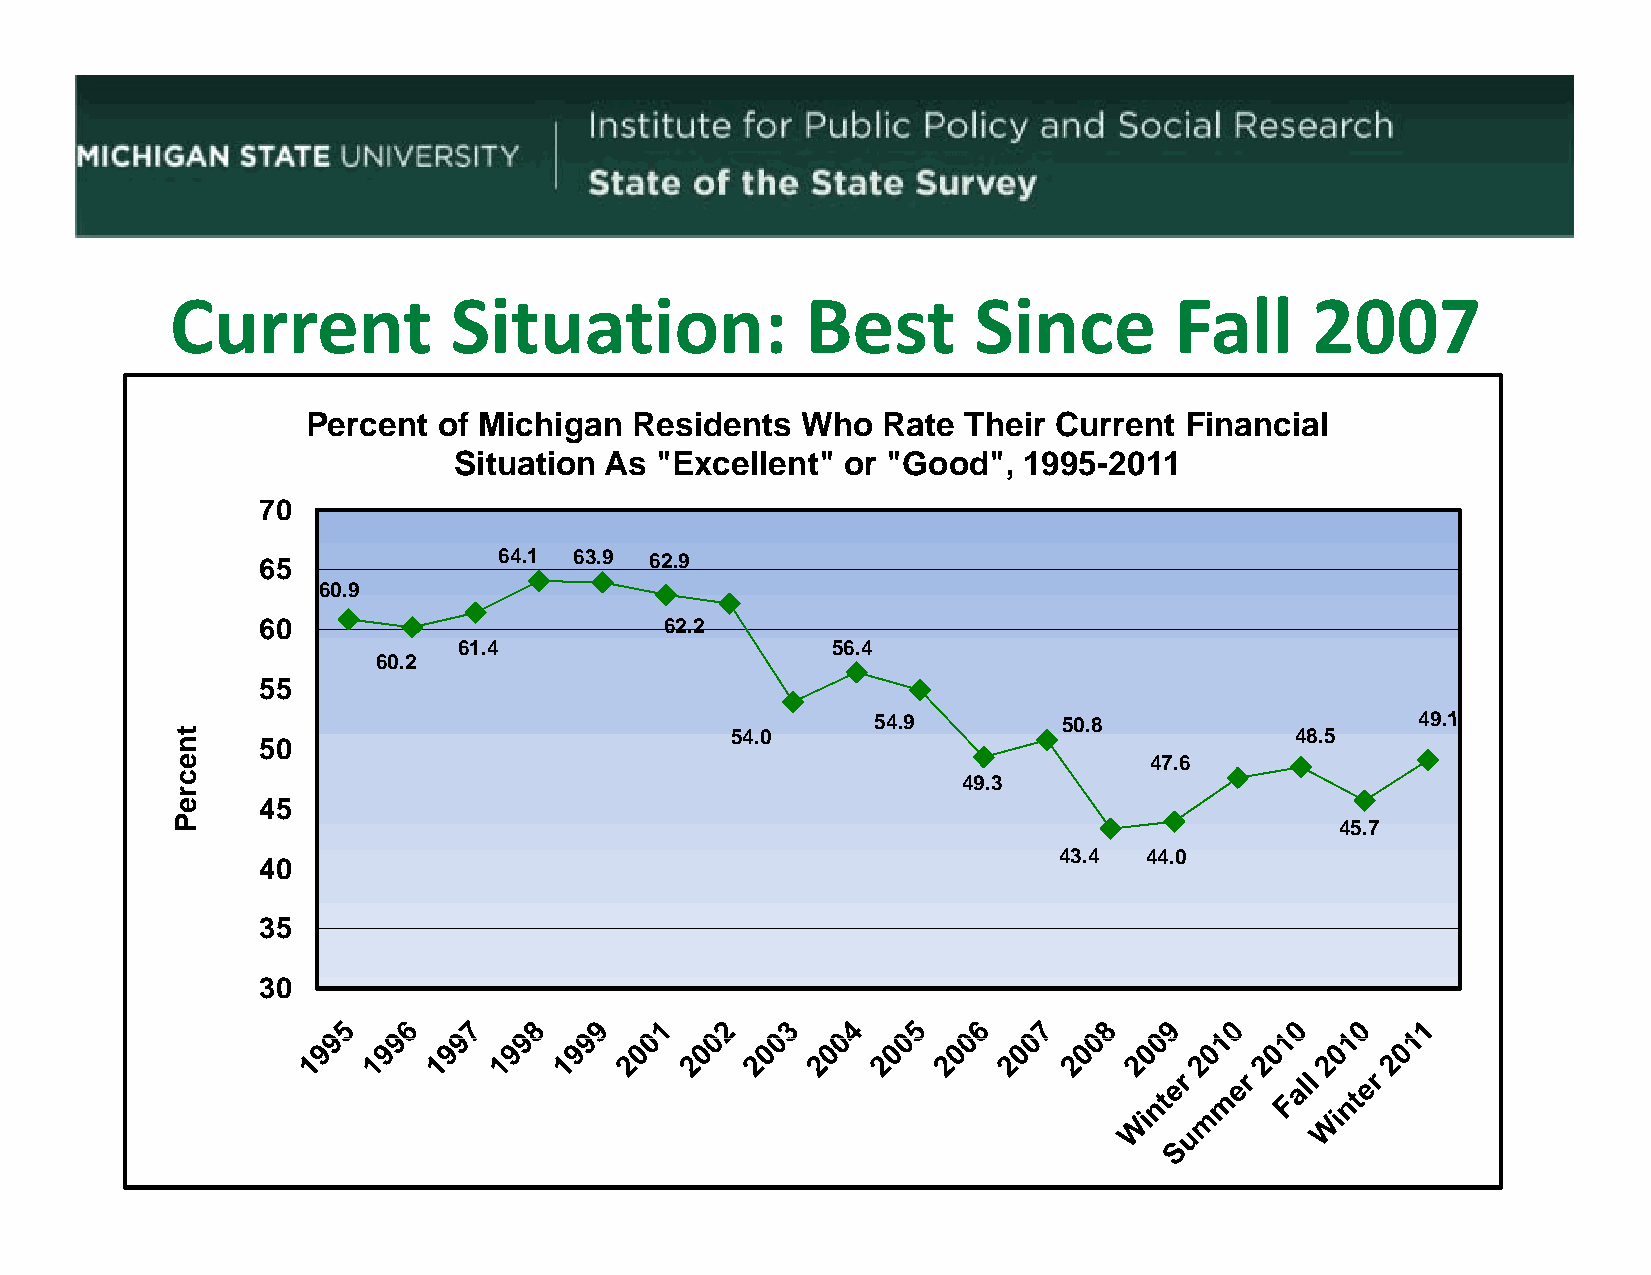
Current            Situation:             Best       Since         Fall     2007
 Percent  of Michigan  Residents  Who  Rate  Their Current Financial
 Situation As "Excellent"  or "Good",  1995-2011
 70
 65              6644.11 6633.99 6622.99
 60.9
 60                         62.2
 61.4                     56.4
 60.2
 55
 5544.99     5500.88                 4499.11
 54.0                                  48.5
 50
 47.6
 49.3
 45
 45.7
 43.4  44.0
 4400
 35
 30
 tnecreP